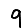
Digit: 9